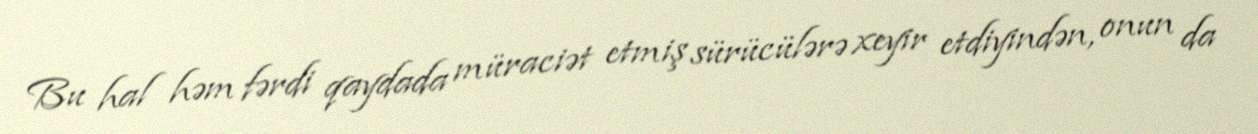
Bu hal həm fərdi qaydada müraciət etmiş sürücülərə xeyir etdiyindən, onun da